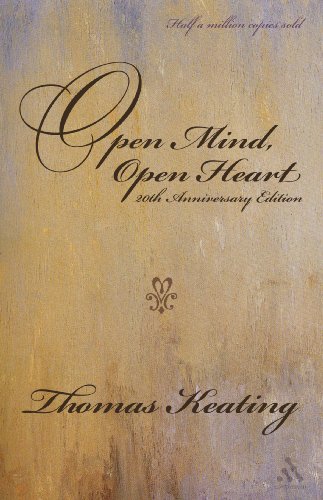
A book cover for Open Mind, Open Heart 20th Anniversary Edition; Thomas Keating; Self-Help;